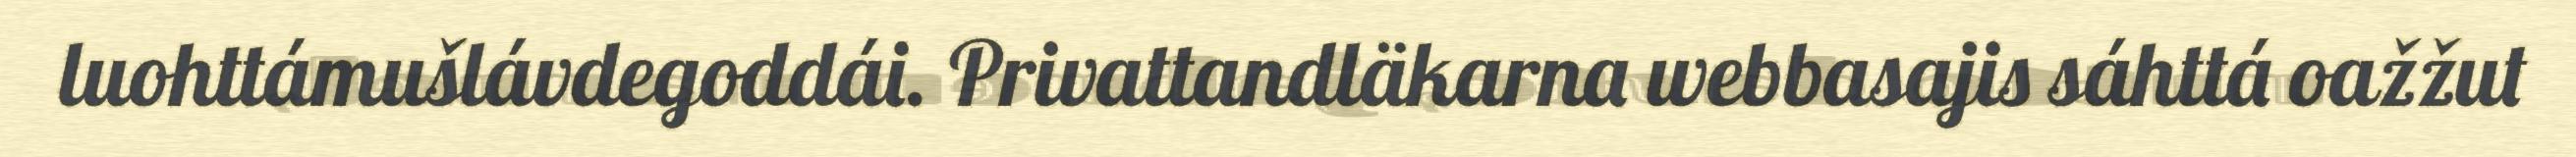
luohttámušlávdegoddái. Privattandläkarna webbasajis sáhttá oažžut